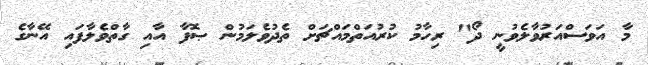
މާ އަވަސްއަރުވާލެވުނީ ދޯ" ރިހާމު ކުރުއަތްމައްޗަށް ތެދުވެލަމުން ޞޮފާ އާއި ގާތްވެލާފައި އޭނާގެ